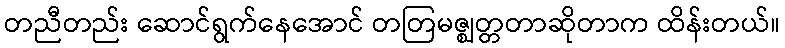
တညီတည်း ဆောင်ရွက်နေအောင် တတြမဇ္ဈတ္တတာဆိုတာက ထိန်းတယ်။